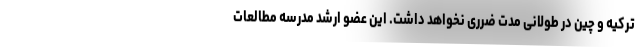
ترکیه و چین در طولانی مدت ضرری نخواهد داشت. این عضو ارشد مدرسه مطالعات